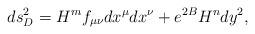
LaTeX: \begin{align*}ds^2_D =H^m f_{\mu\nu} dx^{\mu}dx^{\nu} +e^{2B} H^n dy^2 ,\end{align*}